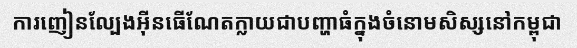
ការញៀនល្បែងអ៊ីនធើណែតក្លាយជាបញ្ហាធំក្នុងចំនោមសិស្សនៅកម្ពុជា